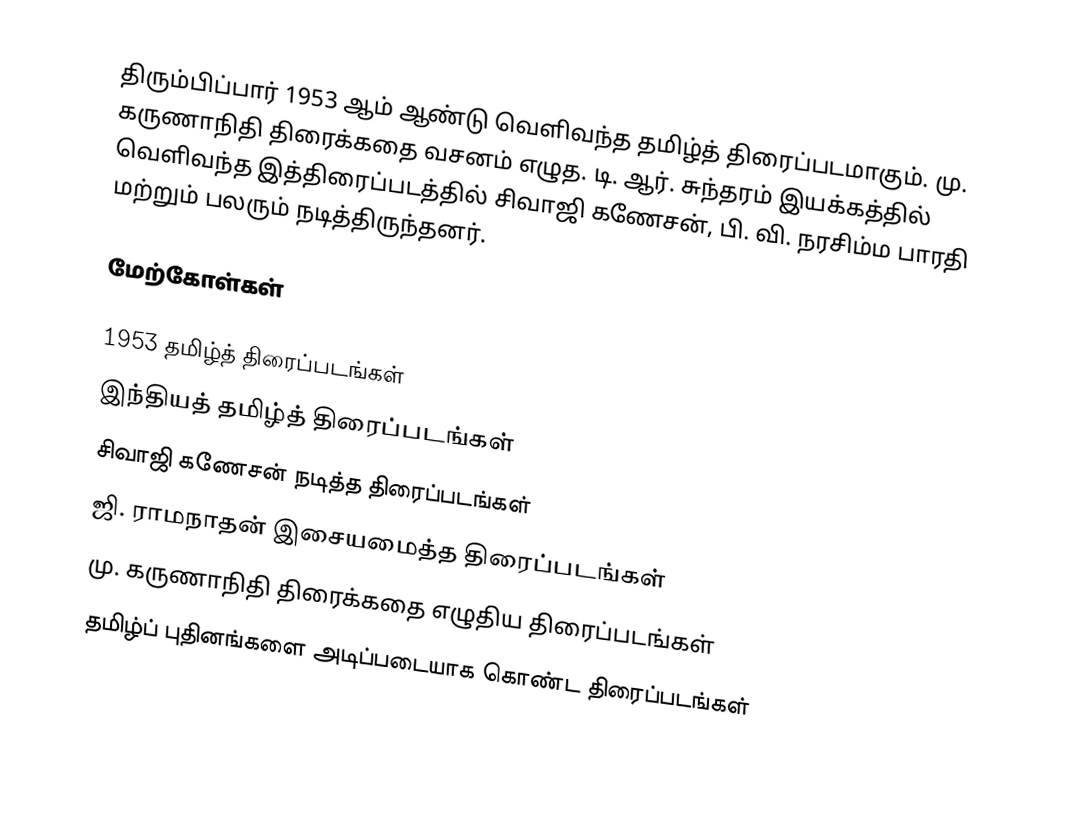
திரும்பிப்பார் 1953 ஆம் ஆண்டு வெளிவந்த தமிழ்த் திரைப்படமாகும்.  மு. கருணாநிதி திரைக்கதை வசனம் எழுத. டி. ஆர். சுந்தரம் இயக்கத்தில் வெளிவந்த இத்திரைப்படத்தில் சிவாஜி கணேசன், பி. வி. நரசிம்ம பாரதி மற்றும் பலரும் நடித்திருந்தனர்.

மேற்கோள்கள்

1953 தமிழ்த் திரைப்படங்கள்
இந்தியத் தமிழ்த் திரைப்படங்கள்
சிவாஜி கணேசன் நடித்த திரைப்படங்கள்
ஜி. ராமநாதன் இசையமைத்த திரைப்படங்கள்
மு. கருணாநிதி திரைக்கதை எழுதிய திரைப்படங்கள்
தமிழ்ப் புதினங்களை அடிப்படையாக கொண்ட திரைப்படங்கள்